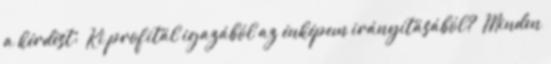
a kérdést: „Ki profitál igazából az énképem irányításából?” Minden